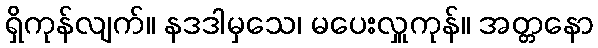
ရှိကုန်လျက်။ နဒဒါမှသေ၊ မပေးလှူကုန်။ အတ္တနော